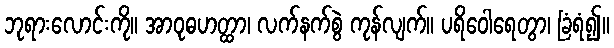
ဘုရားလောင်းကို။ အာဝုဓဟတ္ထာ၊ လက်နက်စွဲ ကုန်လျက်။ ပရိဝေါရေတွာ၊ ခြံရံ၍။